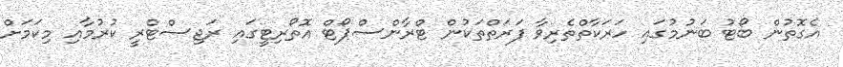
އެގޮތުން ބޯޓު ބަނުމުގައި ހަރަކާތްތެރިވާ ފަރަތްތަކުން ޓްރާންސްޕޯޓް އޮތޯރިޓީގައި ރަޖިސްޓްރީ ކުރުމާއި މިކަމަށް